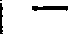
i -